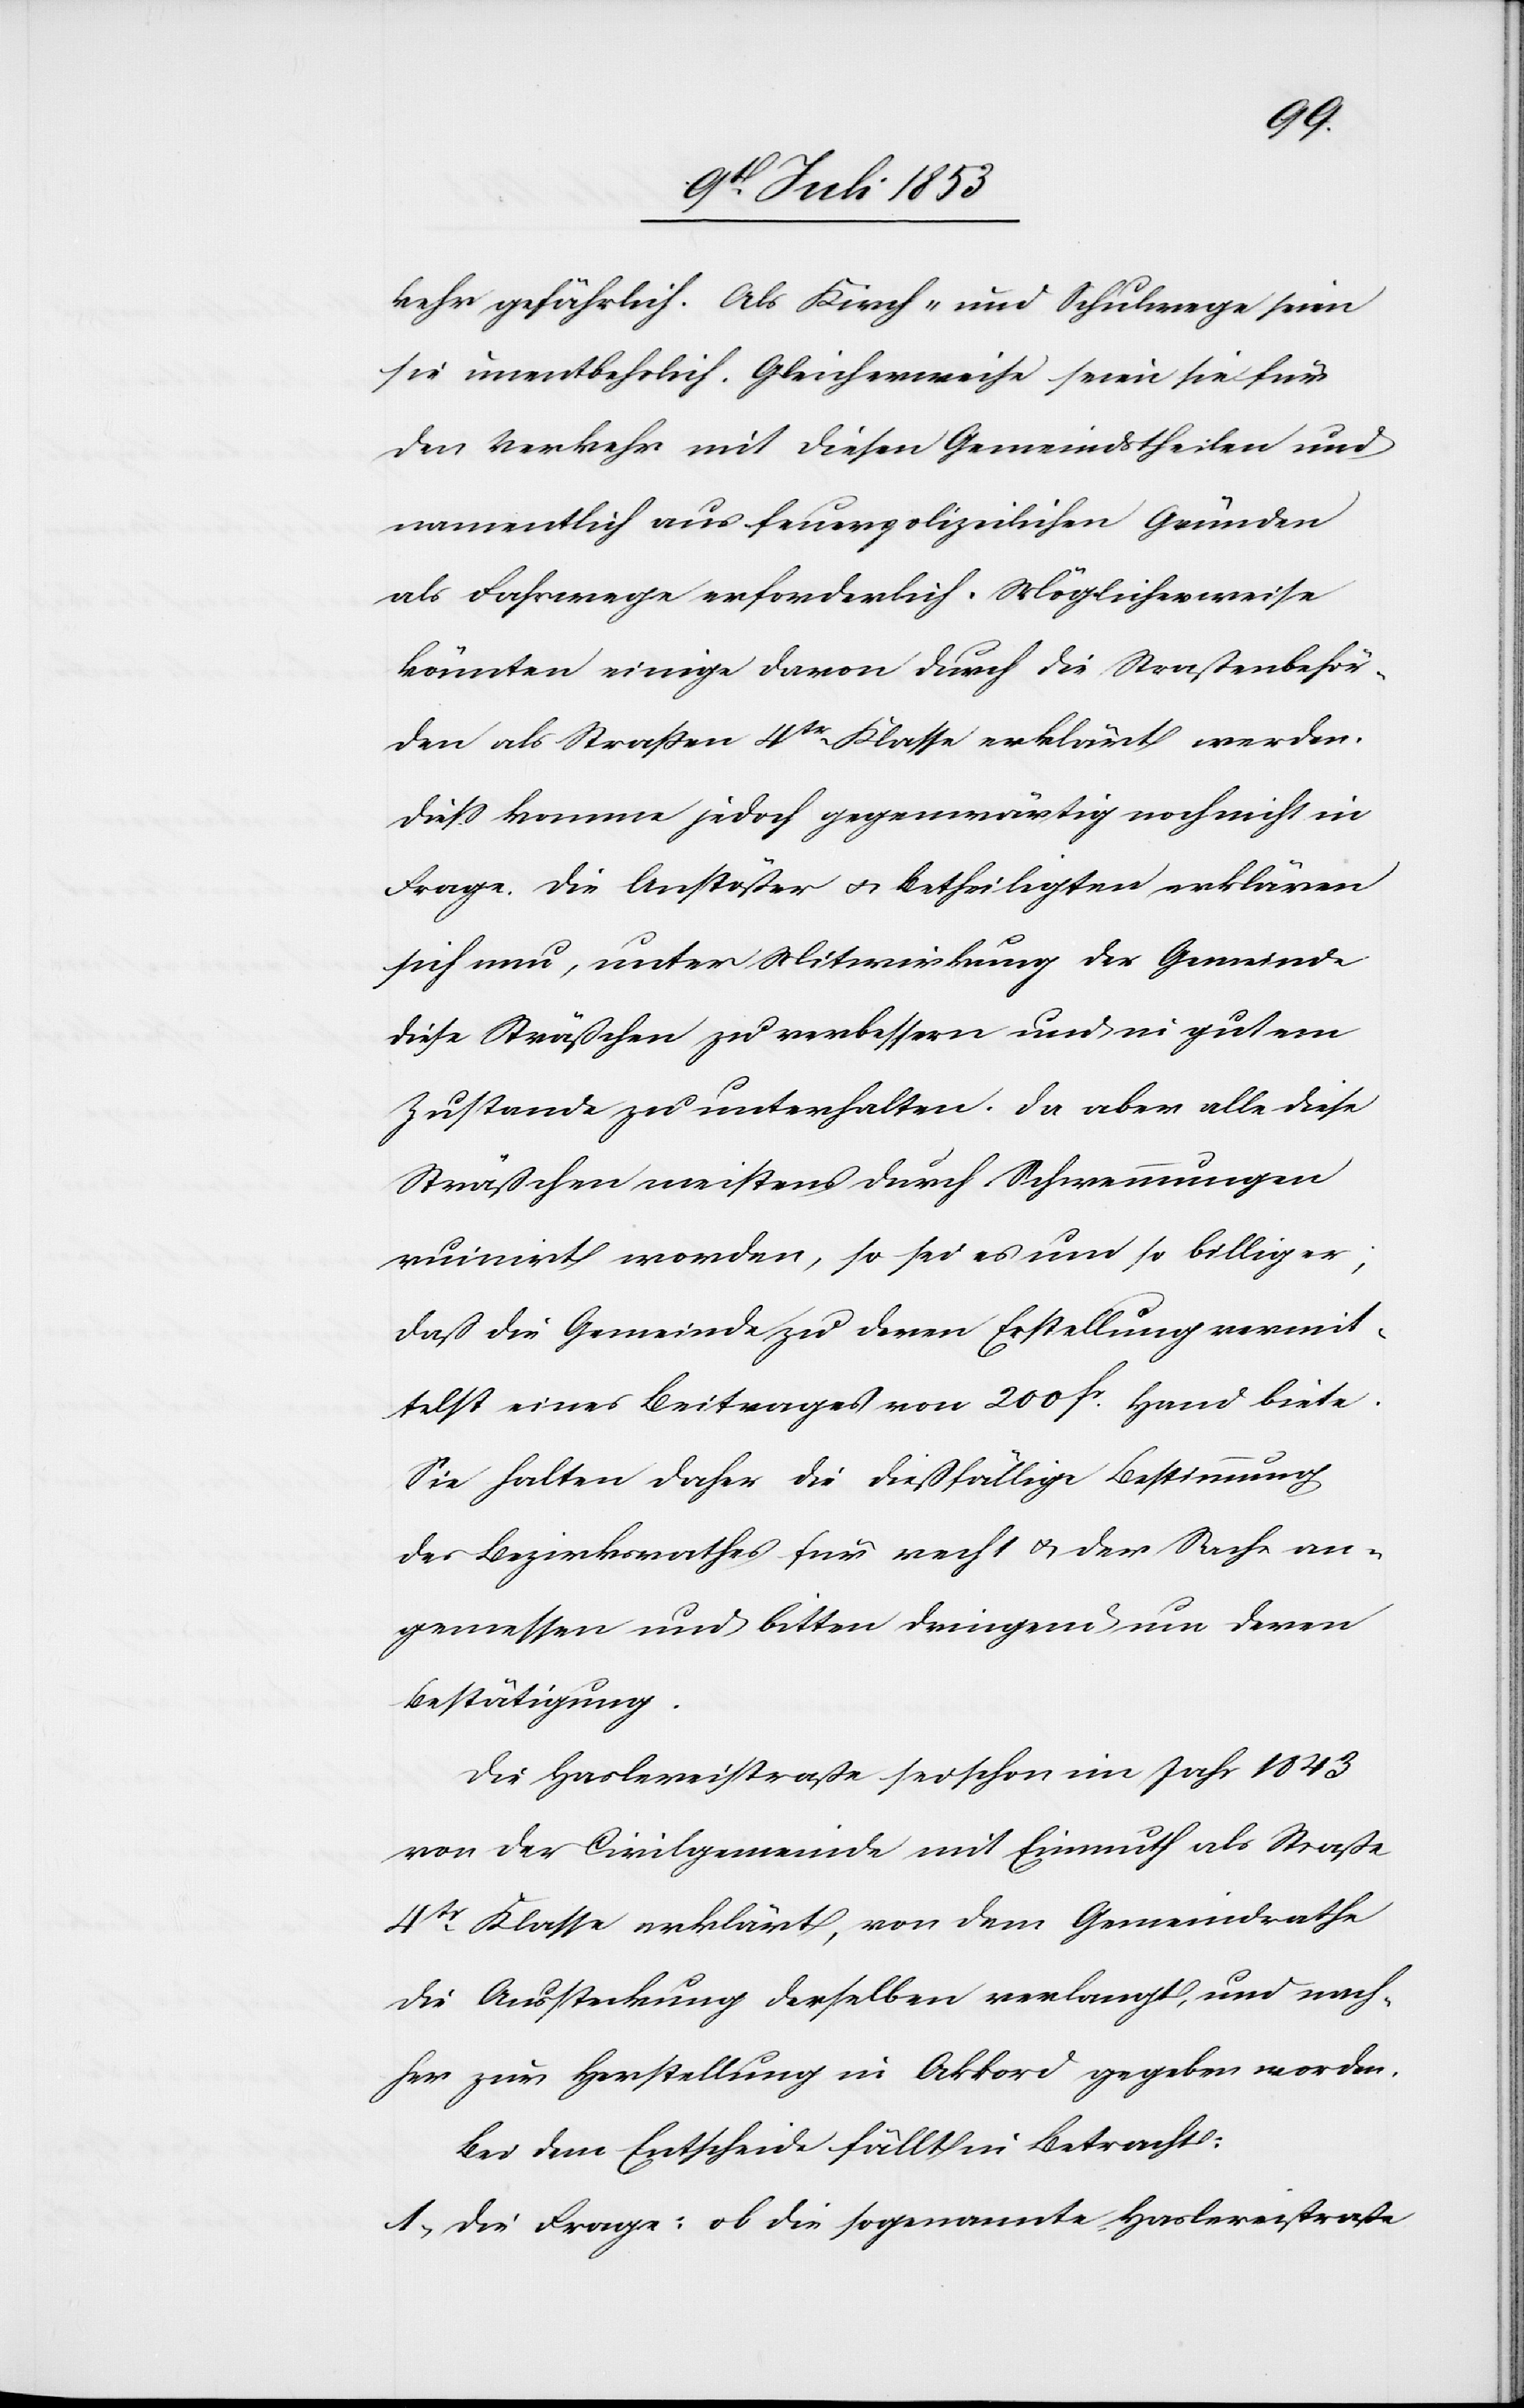
kehr ausführlich. Als Kirch- und Schulwege seien
sie unentbehrlich. Gleichweise seien sie für
den Verkehr mit diesen Gemeindstheilen und
namentlich aus feuerpolizeilichen Gründen
als Fahrwege erforderlich. Möglicherweise
könnten einige davon durch die Straßenbehör¬
den als Straßen 4tr Klasse erklärt werden.
Dieß komme jedoch gegenwärtig noch nicht in
Frage. Die Anstößer u. Betheiligten erklären
sich nun, unter Mitwirkung der Gemeinde
diese Sträßchen zu verbessern und in gutem
Zustande zu unterhalten. Da aber alle diese
Sträßchen meistens durch Schwemmungen
ruinirt worden, so sei es um so billiger,
daß die Gemeinde zu deren Erstellung vermit¬
telst eines Beitrages von 200 fs. Hand biete.
Sie halten daher die dießfällige Bestimmung
des Bezirksrathes für recht u. der Sache an¬
gemessen und bitten dringend um deren
Bestätigung.
Die Haslereistraße sei schon im Jahr 1843
von der Civilgemeinde mit Einmuth als Straße
4tr Klasse erklärt, von dem Gemeindrathe
die Aussteckung derselben verlangt, und nach¬
her zur Herstellung in Akkord gegeben worden.
Bei dem Entscheide fällt in Betracht:
1, Die Frage: ob die sogenannte Haslereistraße